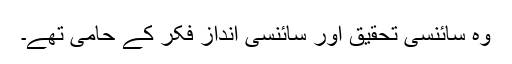
وہ سائنسی تحقیق اور سائنسی انداز فکر کے حامی تھے۔